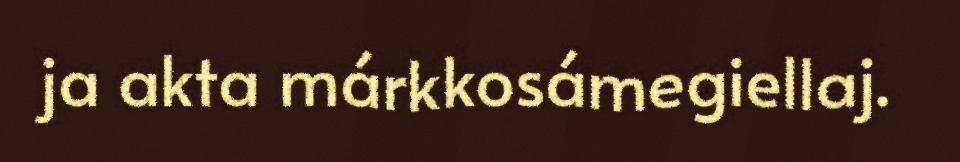
ja akta márkkosámegiellaj.